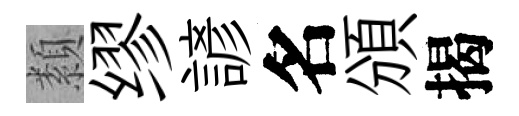
纇缪諺名頒揭